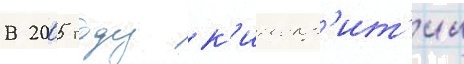
В 2005 году к'инокр'ит'ик